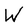
Character: W